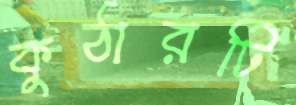
কুঠারটি